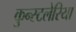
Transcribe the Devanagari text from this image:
कुन्स्टलेरिया